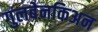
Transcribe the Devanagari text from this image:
गुलबेनकिअन